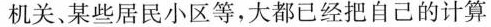
机关、某些居民小区等，大都已经把自己的计算